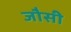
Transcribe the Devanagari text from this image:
जौसी